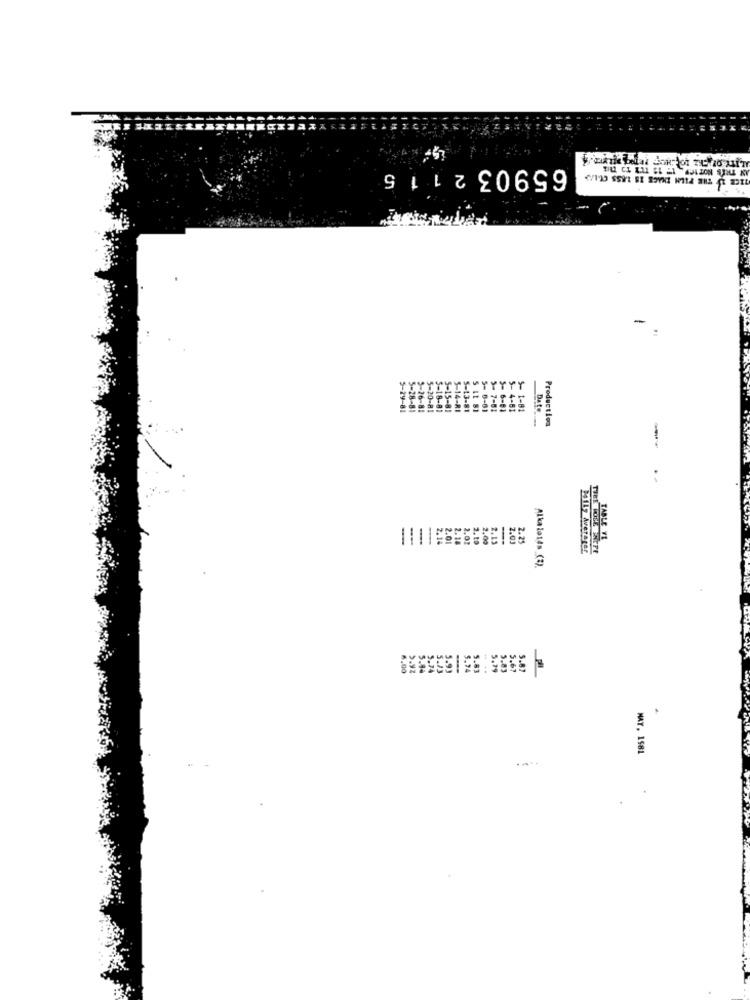
65903 2 1 15
-
5-1
YYYY
5-81
5-14-RI
5-13-81
5- 0-01
5- 7-81
5- 6-81
5- 4-61
Date
Production
2.02
2.10
2.00
2.19
2.01
2.2
BSILy Averater
Alkalotas (3)
1.00
MAT. 1581